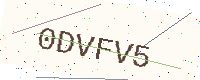
Text: 0DVFV5